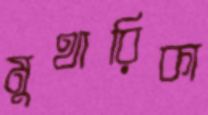
মুথারিকা